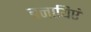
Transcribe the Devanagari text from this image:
बनायिएं